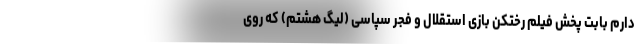
دارم بابت پخش فیلم رختکن بازی استقلال و فجر سپاسی (لیگ هشتم) که روی